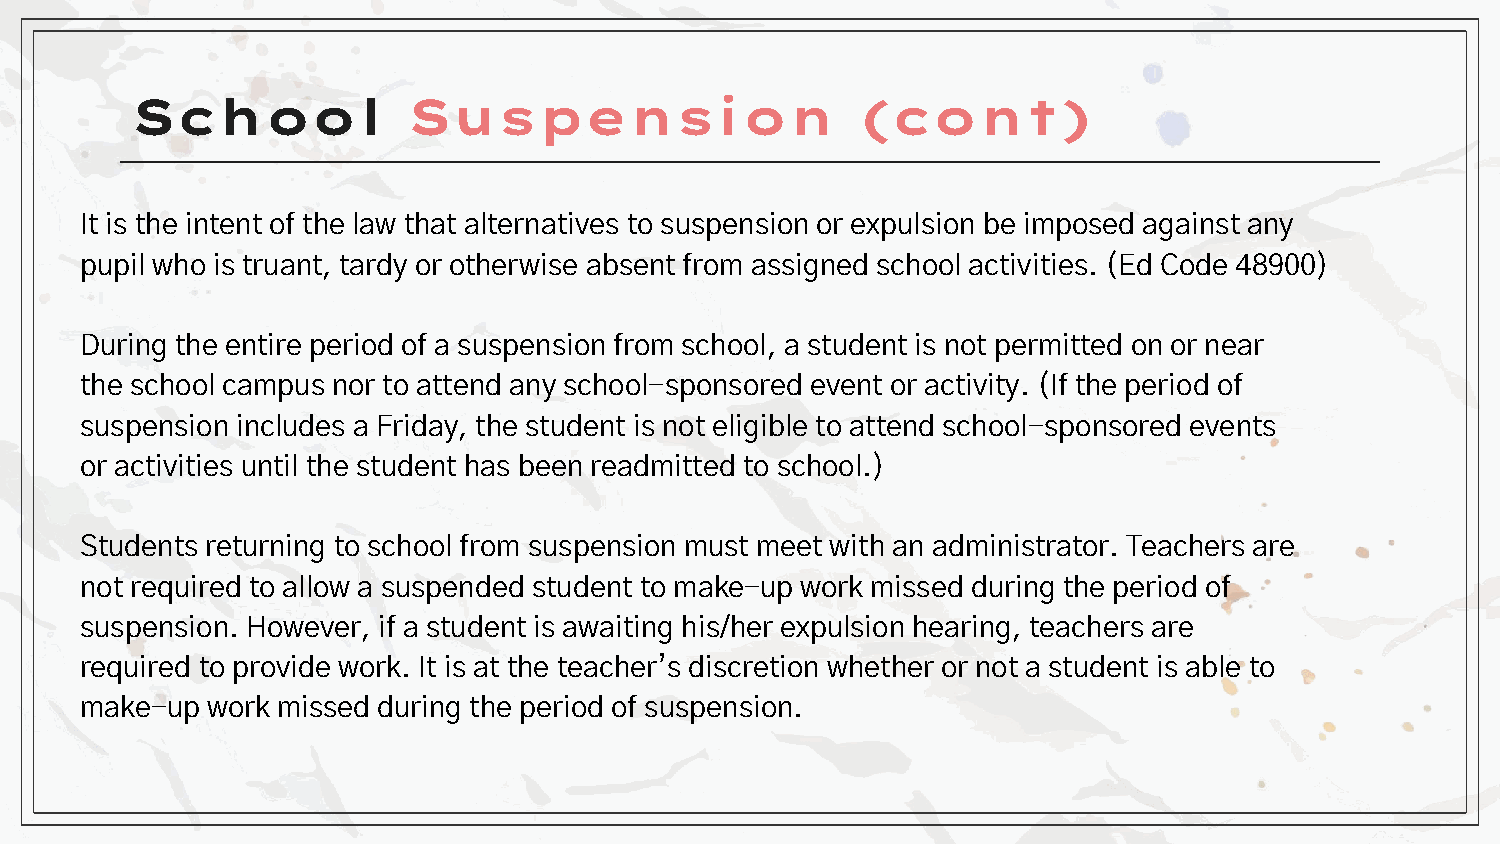
School            Suspension                    (cont)
 It is the intent of the law that alternatives to suspension or expulsion be imposed against any
 pupil who is truant, tardy or otherwise absent from assigned school activities. (Ed Code 48900)
 During the entire period of a suspension from school, a student is not permitted on or near
 the school campus nor to attend any school-sponsored event or activity. (If the period of
 suspension includes a Friday, the student is not eligible to attend school-sponsored events
 or activities until the student has been readmitted to school.)
 Students returning to school from suspension must meet with an administrator. Teachers are
 not required to allow a suspended student to make-up work missed during the period of
 suspension. However, if a student is awaiting his/her expulsion hearing, teachers are
 required to provide work. It is at the teacher’s discretion whether or not a student is able to
 make-up  work missed during the period of suspension.